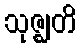
သုဇ္ဈတိ